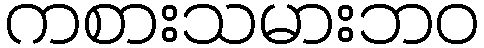
ကစားသမားဘဝ